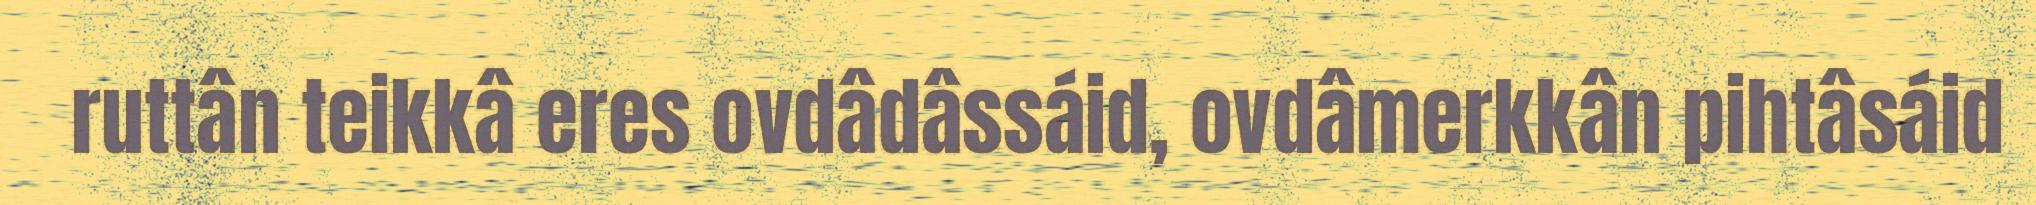
ruttân teikkâ eres ovdâdâssáid, ovdâmerkkân pihtâsáid